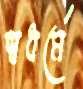
স্বধর্মে